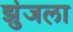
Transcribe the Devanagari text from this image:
झुंजला